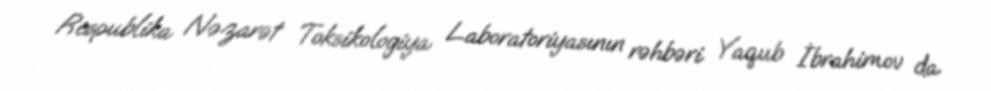
Respublika Nəzarət Toksikologiya Laboratoriyasının rəhbəri Yaqub İbrahimov da